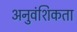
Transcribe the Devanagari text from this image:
अनुवंशिकता